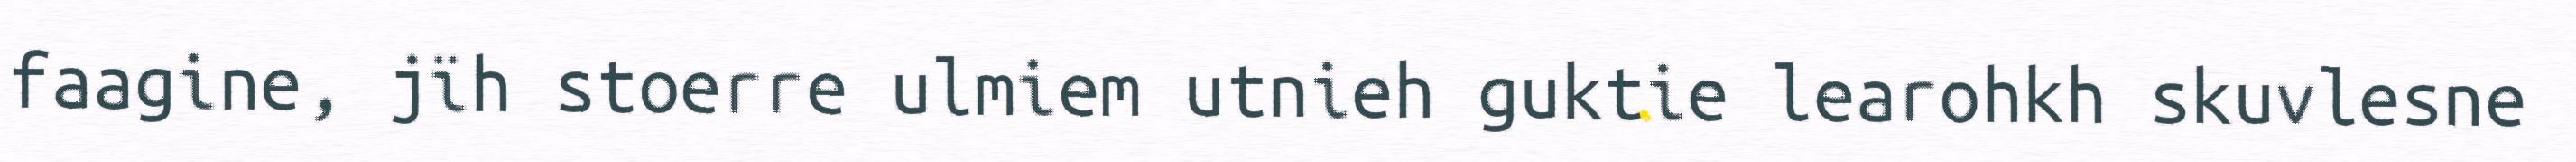
faagine, jïh stoerre ulmiem utnieh guktie learohkh skuvlesne